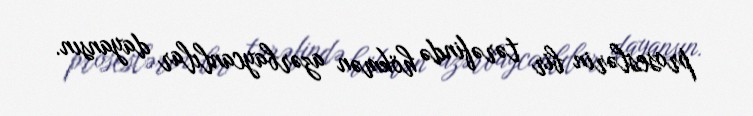
proseslərin bir tərəfində hökmən azərbaycanlılar dayansın.